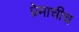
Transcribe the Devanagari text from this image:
प्रेमाचीच